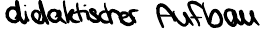
didaktischer Aufbau